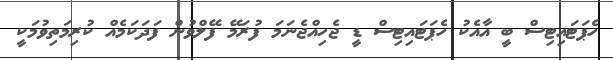
ހެޕަޓައިޓިސް ބީ އާއެކު ހެޕަޓައިޓިސް ޑީ ޖެހިއްޖެނަމަ ފުރަމޭ ފޭލްވުން ފަދަކަމެއް ކުރިމަތިވުމަކީ